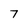
Character: 7